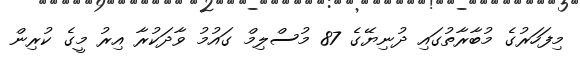
މިފަހަރުގެ މުބާރާތުގައި ދުނިޔޭގެ 87 މުސްލިމް ގައުމު ވާދަކުރާ އިރު މީގެ ކުރިން